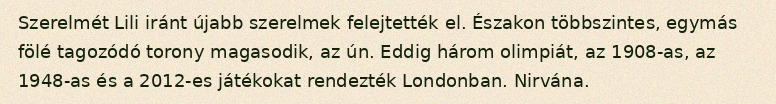
Szerelmét Lili iránt újabb szerelmek felejtették el. Északon többszintes, egymás fölé tagozódó torony magasodik, az ún. Eddig három olimpiát, az 1908-as, az 1948-as és a 2012-es játékokat rendezték Londonban. Nirvána.